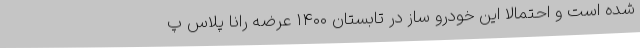
شده است و احتمالاً این خودرو ساز در تابستان ۱۴۰۰ عرضه رانا پلاس پ